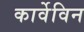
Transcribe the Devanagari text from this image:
कार्वेविन